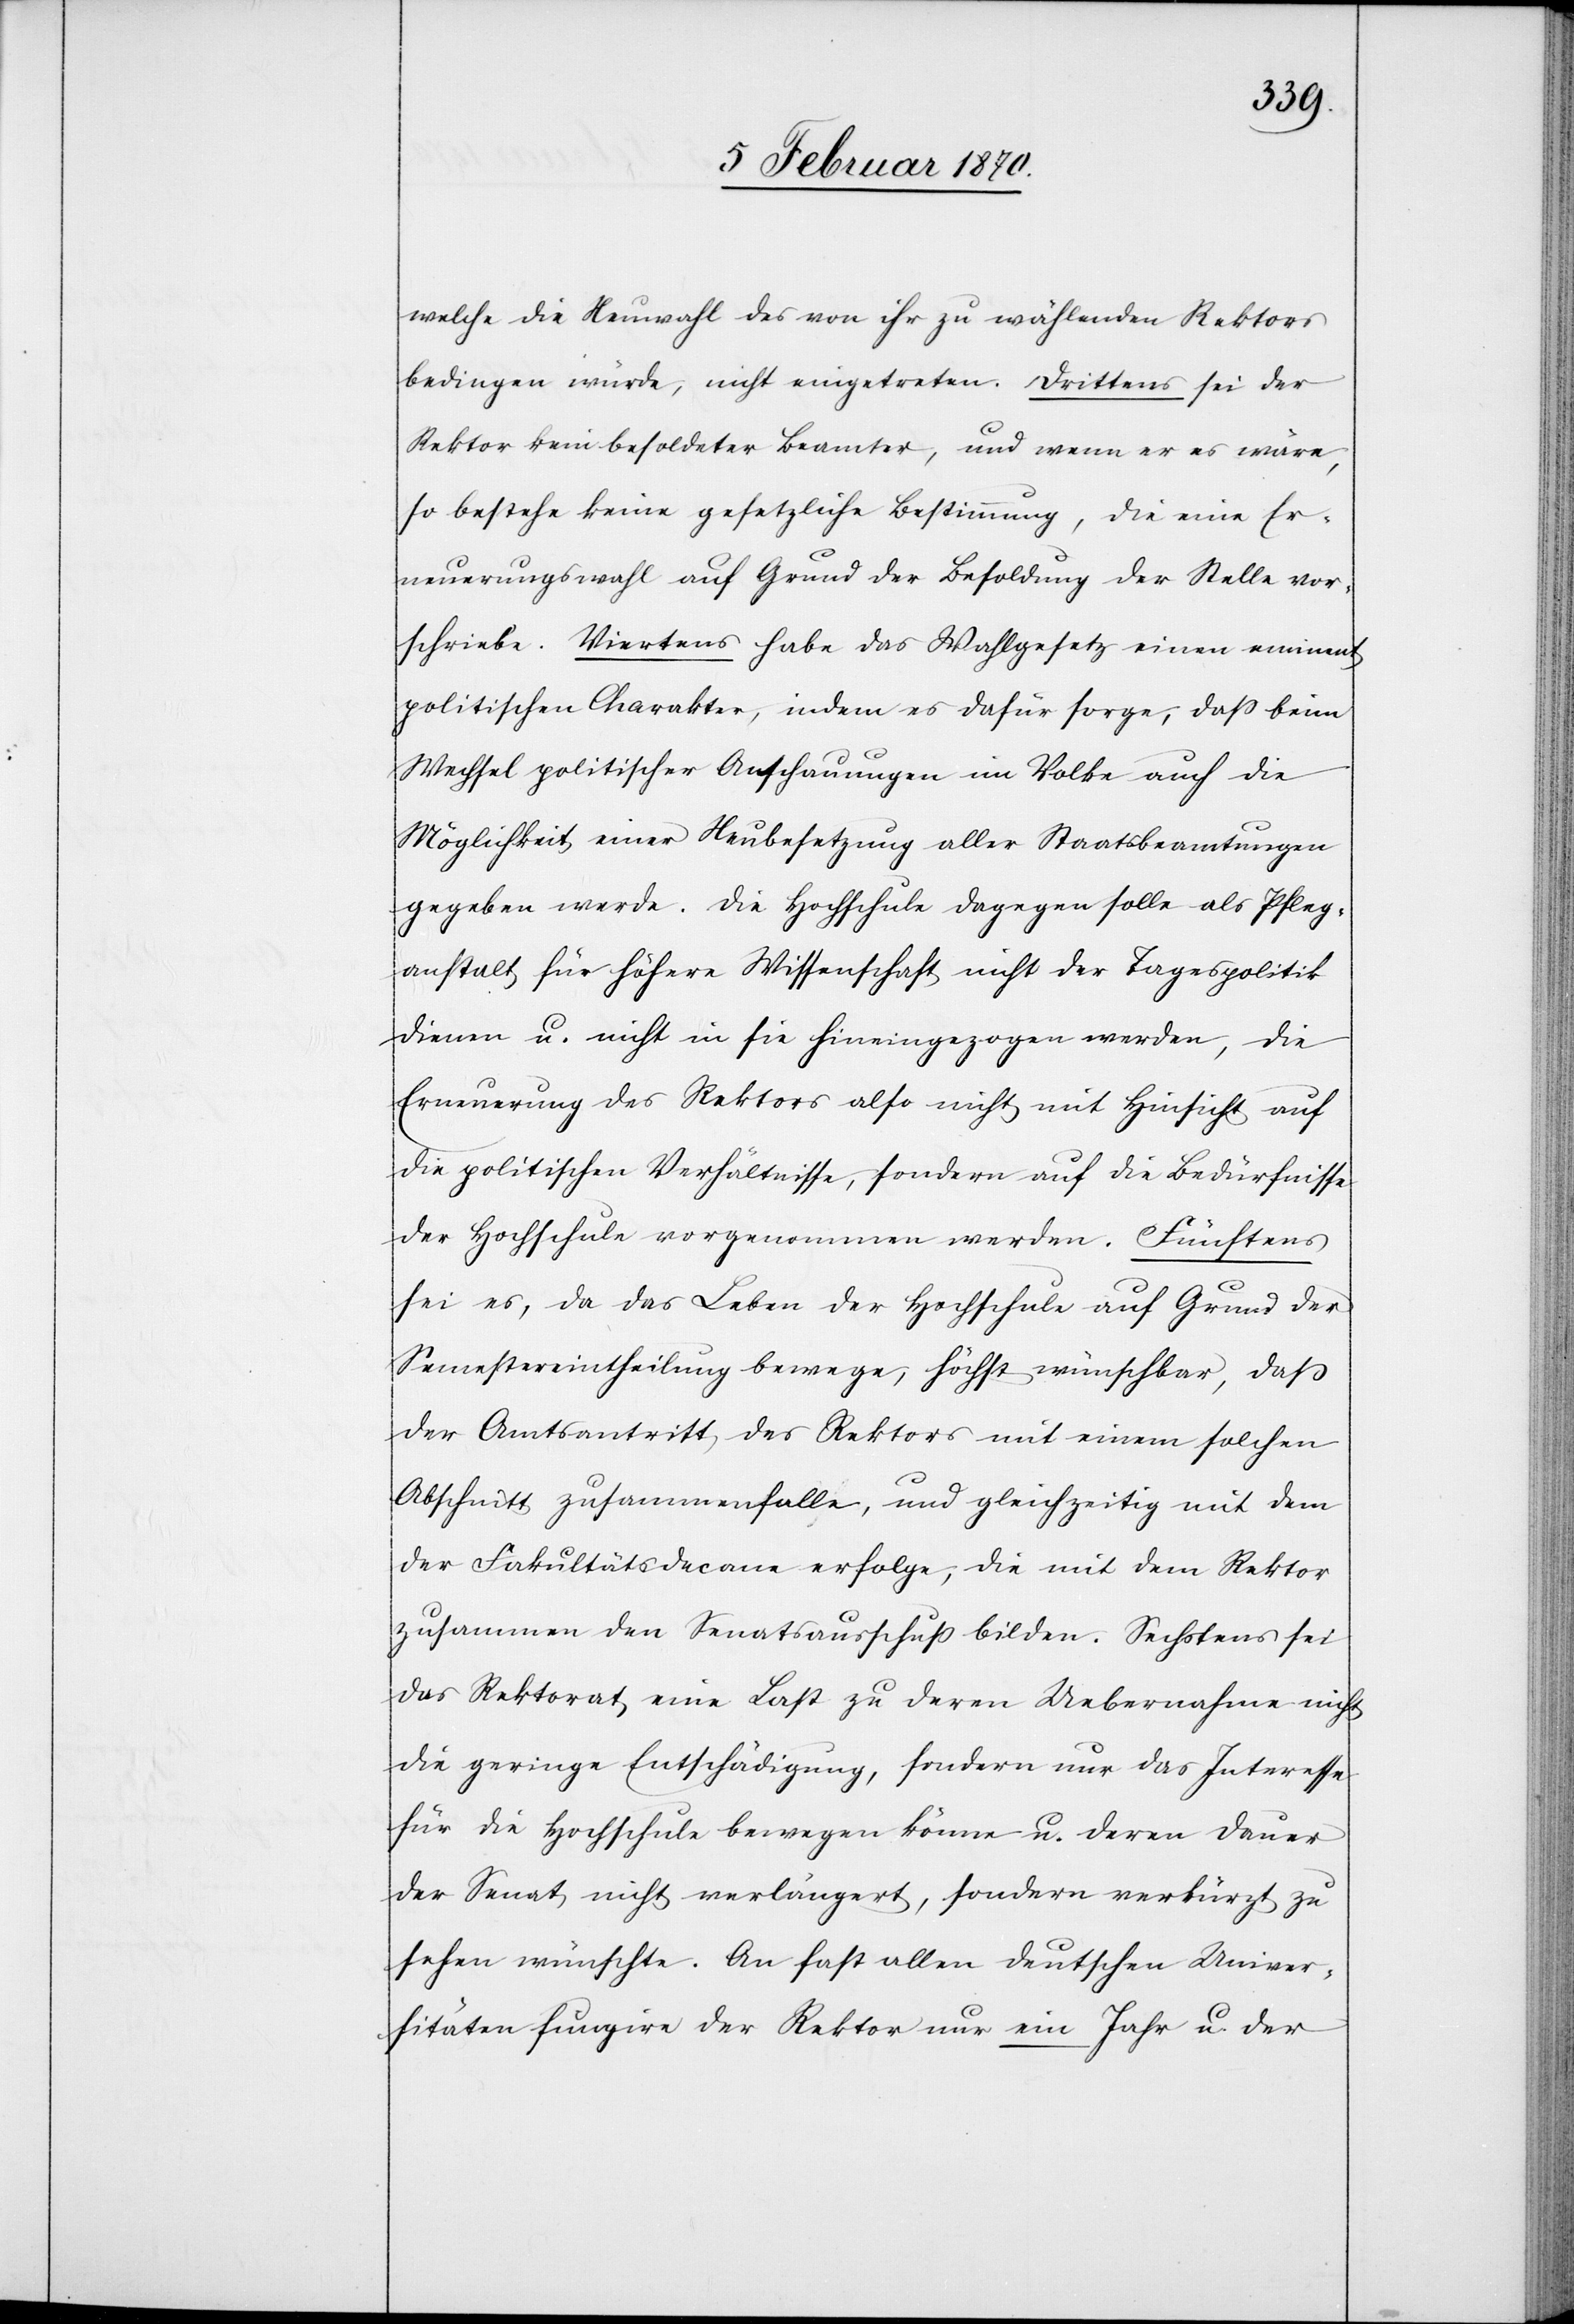
welche die Neuwahl des von ihr zu wählenden Rektors
bedingen würde, nicht eingetreten. Drittens sei der
Rektor kein besoldeter Beamter, und wenn er es wäre,
so bestehe keine gesetzliche Bestimmung, die eine Er¬
neuerungswahl auf Grund der Besoldung der Stelle vor¬
schriebe. Viertens habe das Wahlgesetz einen eminent
politischen Charakter, indem es dafür sorge, dass beim
Wechsel politischer Anschauungen im Volke auch die
Möglichkeit einer Neubesetzung aller Staatsbeamtungen
gegeben werde. Die Hochschule dagegen solle als Pfleg¬
anstalt für höhere Wissenschaft nicht der Tagespolitik
dienen u. nicht in sie hineingezogen werden, die
Erneuerung des Rektors also nicht mit Hinsicht auf
die politische Verhältnisse, sondern auf die Bedürfnisse
der Hochschule vorgenommen werden. Fünftens
sei es, da das Leben der Hochschule auf Grund der
Semestereintheilung bewege, höchst wünschbar, dass
der Amtsantritt des Rektors mit einem solchen
Abschnitt zusammenfalle, und gleichzeitig mit dem
der Fakultätsdecane erfolge, die mit dem Rektor
zusammen den Senatsausschuß bilden. Sechstens sei
das Rektorat eine Last zu deren Uebernahme nicht
die geringe Entschädigung, sondern nur das Interesse
für die Hochschule bewegen könne u. deren Dauer
der Senat nicht verlängert, sondern verkürzt zu
sehen wünschte. An fast allen deutschen Univer¬
sitäten fungire der Rektor nur ein Jahr u. der